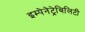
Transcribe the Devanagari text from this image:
इम्पेनेट्रेबिलिटी